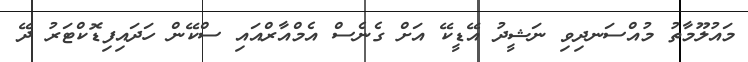
މައުލޫމާތު މުއްސަނދިވި ނަޝީދު އޭޑީކޭ އަށް ގެނެސް އެމްއާރްއައި ސްކޭން ހަދައިފިޑޮކްޓަރު ދޭ